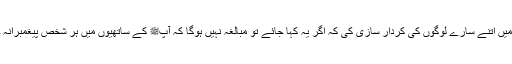
آپﷺ نے اپنی زندگی میں اتنے سارے لوگوں کی کردار سازی کی کہ اگر یہ کہا جائے تو مبالغہ نہیں ہوگا کہ آپﷺ کے ساتھیوں میں ہر شخص پیغمبرانہ خصوصیات رکھتا تھا۔